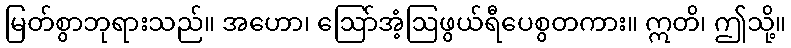
မြတ်စွာဘုရားသည်။ အဟော၊ ဩော်အံ့ဩဖွယ်ရီပေစွတကား။ ဣတိ၊ ဤသို့။